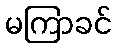
မကြာခင်